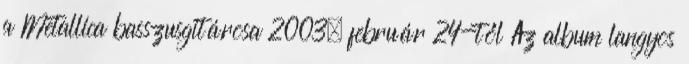
a Metallica basszusgitárosa 2003. február 24-től Az album langyos